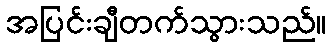
အပြင်းချီတက်သွားသည်။